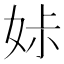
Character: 𡜔